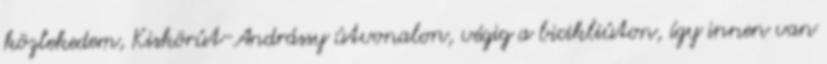
közlekedem, Kiskörút-Andrássy útvonalon, végig a bicikliúton, így innen van